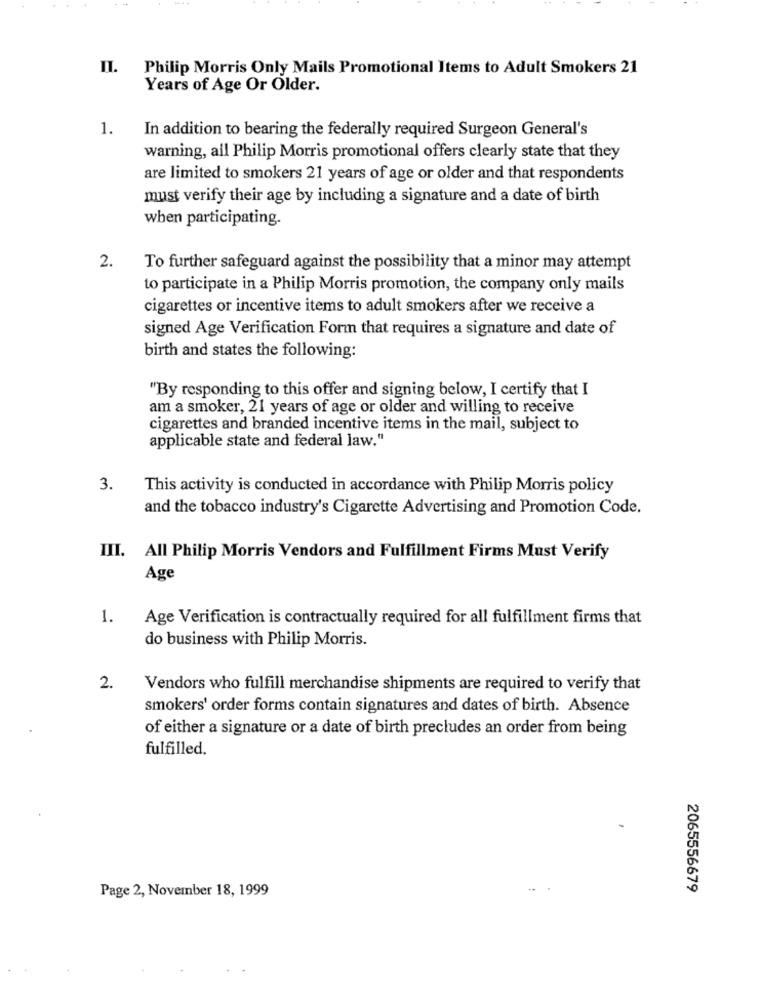
II. Philip Morris Only Mails Promotional Items to Adult Smokers 21
Years of Age Or Older.
1.
In addition to bearing the federally required Surgeon General's
warning, all Philip Morris promotional offers clearly state that they
are limited to smokers 21 years of age or older and that respondents
must verify their age by including a signature and a date of birth
when participating.
2.
To further safeguard against the possibility that a minor may attempt
to participate in a Philip Morris promotion, the company only mails
cigarettes or incentive items to adult smokers after we receive a
signed Age Verification Form that requires a signature and date of
birth and states the following:
"By responding to this offer and signing below, I certify that I
am a smoker, 21 years of age or older and willing to receive
cigarettes and branded incentive items in the mail, subject to
applicable state and federal law."
3.
This activity is conducted in accordance with Philip Morris policy
and the tobacco industry's Cigarette Advertising and Promotion Code.
III. All Philip Morris Vendors and Fulfillment Firms Must Verify
Age
1.
Age Verification is contractually required for all fulfillment firms that
do business with Philip Morris.
2.
Vendors who fulfill merchandise shipments are required to verify that
smokers' order forms contain signatures and dates of birth. Absence
of either a signature or a date of birth precludes an order from being
fulfilled.
Page 2, November 18, 1999
2065556679